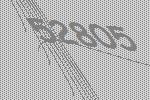
52805